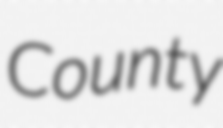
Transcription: County